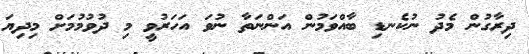
ދިރާގުން މެދު ނުކެނޑި ބާއްވަމުން އަންނަތާ ނުވަ އަހަރުވީ މި ދުވުމުމަށް މިދިޔަ